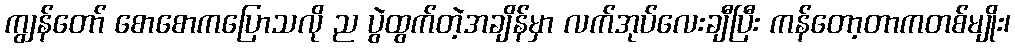
ကျွန်တော် စောစောကပြောသလို ည ပွဲထွက်တဲ့အချိန်မှာ လက်အုပ်လေးချီပြီး ကန်တော့တာကတစ်မျိုး၊